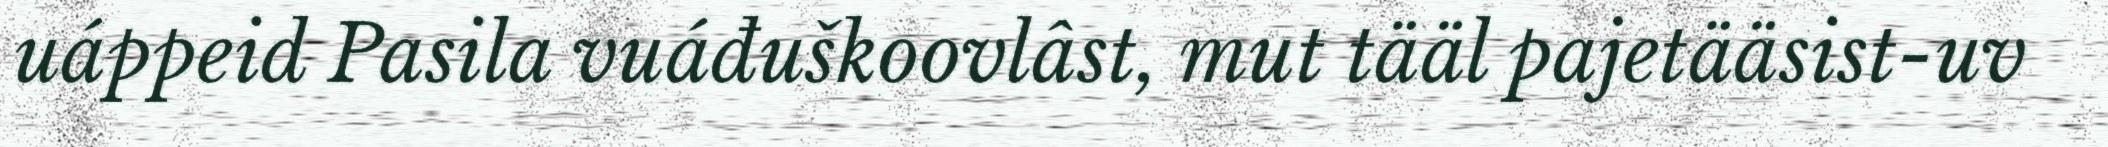
uáppeid Pasila vuáđuškoovlâst, mut tääl pajetääsist-uv